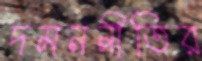
দমননীতির